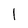
Character: I